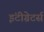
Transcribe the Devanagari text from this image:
इंटीग्रेटर्स